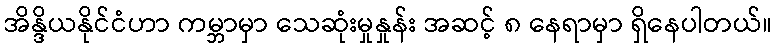
အိန္ဒိယနိုင်ငံဟာ ကမ္ဘာမှာ သေဆုံးမှုနှုန်း အဆင့် ၈ နေရာမှာ ရှိနေပါတယ်။